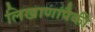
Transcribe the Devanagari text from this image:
लिखाणांपैकी